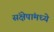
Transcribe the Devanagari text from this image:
संक्षेपांमध्ये